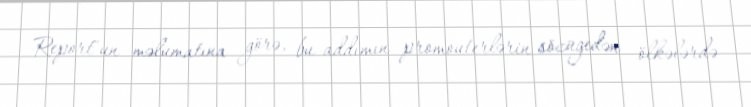
Report"un məlumatına görə, bu addımın promouterlərin sözügedən ölkələrdə